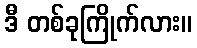
ဒီ တစ်ခုကြိုက်လား။